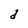
Character: d